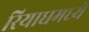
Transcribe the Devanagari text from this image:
रियाधमध्ये